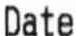
DATE